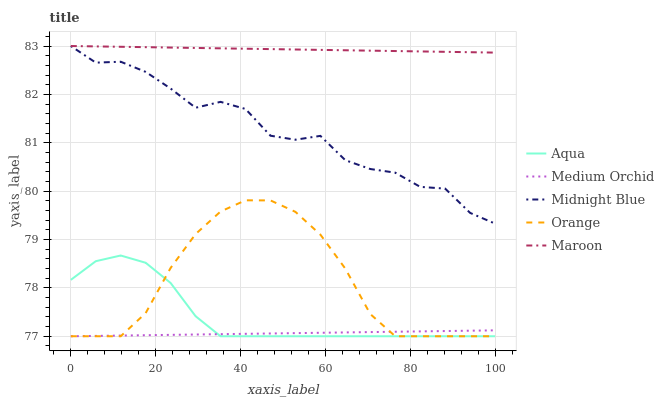
| xaxis_label | Aqua | Medium Orchid | Midnight Blue | Orange | Maroon |
 | --- | --- | --- | --- | --- | --- |
 | 0 | 78.2 | 77 | 83 | 77 | 83 |
 | 5.88 | 78.6 | 77 | 82.7 | 77 | 83 |
 | 11.8 | 78.7 | 77 | 82.7 | 77 | 83 |
 | 17.6 | 78.5 | 77 | 82.5 | 77.5 | 83 |
 | 23.5 | 78.1 | 77 | 82.1 | 78.4 | 83 |
 | 29.4 | 77.4 | 77 | 81.7 | 79.1 | 83 |
 | 35.3 | 77 | 77 | 81.8 | 79.6 | 83 |
 | 41.2 | 77 | 77.1 | 81.7 | 79.8 | 82.9 |
 | 47.1 | 77 | 77.1 | 81.1 | 79.8 | 82.9 |
 | 52.9 | 77 | 77.1 | 81.1 | 79.6 | 82.9 |
 | 58.8 | 77 | 77.1 | 81.1 | 79.1 | 82.9 |
 | 64.7 | 77 | 77.1 | 80.6 | 78.4 | 82.9 |
 | 70.6 | 77 | 77.1 | 80.5 | 77.5 | 82.9 |
 | 76.5 | 77 | 77.1 | 80.4 | 77 | 82.9 |
 | 82.4 | 77 | 77.1 | 80.1 | 77 | 82.9 |
 | 88.2 | 77 | 77.1 | 80.1 | 77 | 82.9 |
 | 94.1 | 77 | 77.1 | 79.6 | 77 | 82.9 |
 | 100 | 77 | 77.1 | 79.3 | 77 | 82.9 |